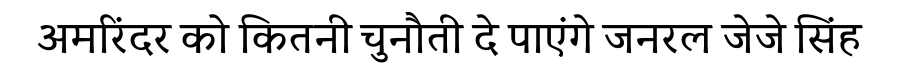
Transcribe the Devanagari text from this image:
अमरिंदर को कितनी चुनौती दे पाएंगे जनरल जेजे सिंह